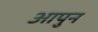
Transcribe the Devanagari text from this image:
आपुन